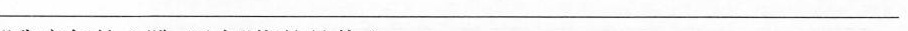
_______________